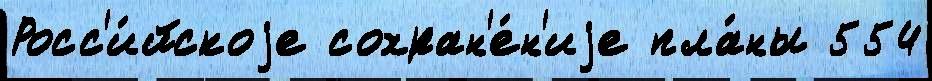
Росс'и́йскоjе сохран'е́н'иjе пла́ны 554